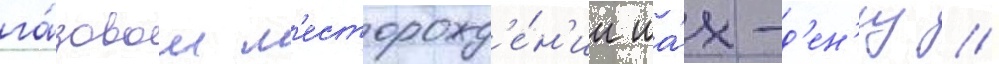
га́зовом м'есторожд'е́н'ии ша́х-д'ен'из //